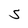
Character: S